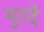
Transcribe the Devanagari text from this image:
मुरदे